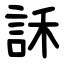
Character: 訸